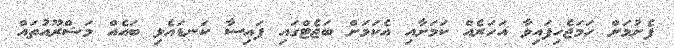
ފެށުމަށް ހަމަޖެހިފައިވާ އަހަރެއް ކަމަށާއި އެކަމަށް ބަޖެޓްގައި ފައިސާ ކަނޑައެޅި ބައެއް މަޝްރޫއުތައް